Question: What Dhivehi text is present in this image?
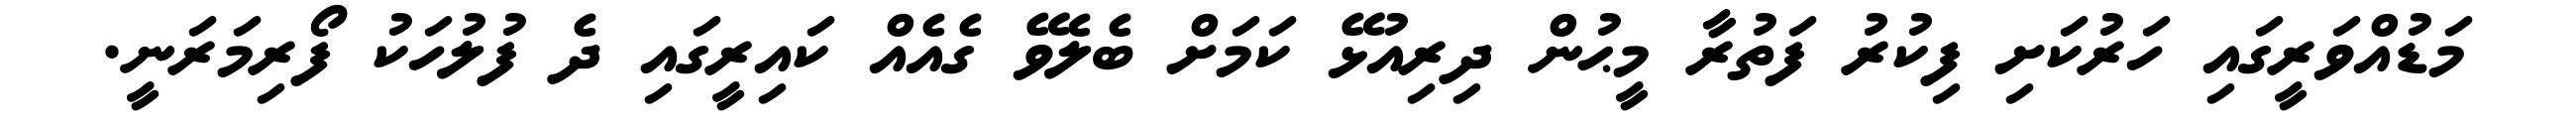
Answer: މަޑުއްވަރީގައި ހަރުކަށި ފިކުރު ފަތުރާ މީޙުން ދިރިއުޅޭ ކަމަށް ބެލެވޭ ގެއެއް ކައިރީގައި ދެ ފުލުހަކު ފޯރިމަރަނީ.